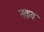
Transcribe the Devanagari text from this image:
नक़व